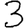
Digit: 3